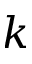
k